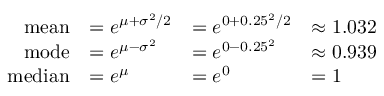
{ \begin{array} { r l l l } { { \mathrm { m e a n } } } & { = e ^ { \mu + \sigma ^ { 2 } / 2 } } & { = e ^ { 0 + 0 . 2 5 ^ { 2 } / 2 } } & { \approx 1 . 0 3 2 } \\ { { \mathrm { m o d e } } } & { = e ^ { \mu - \sigma ^ { 2 } } } & { = e ^ { 0 - 0 . 2 5 ^ { 2 } } } & { \approx 0 . 9 3 9 } \\ { { \mathrm { m e d i a n } } } & { = e ^ { \mu } } & { = e ^ { 0 } } & { = 1 } \end{array} }